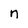
Character: n